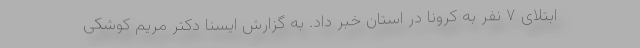
ابتلای ۷ نفر به کرونا در استان خبر داد. به گزارش ایسنا دکتر مریم کوشکی